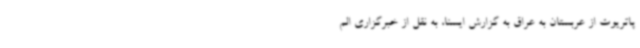
پاتریوت از عربستان به عراق به گزارش ایسنا، به نقل از خبرگزاری الم